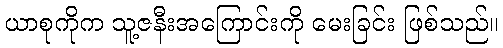
ယာစုကိုက သူ့ဇနီးအကြောင်းကို မေးခြင်း ဖြစ်သည်။